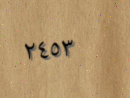
٢٤٥٣